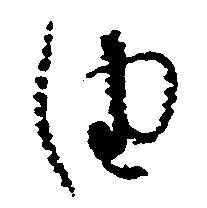
由